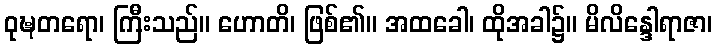
ဝုဍ္ဎတရော၊ ကြီးသည်။ ဟောတိ၊ ဖြစ်၏။ အထခေါ၊ ထိုအခါ၌။ မိလိန္ဒေါရာဇာ၊